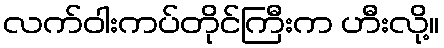
လက်ဝါးကပ်တိုင်ကြီးက ဟီးလို့။